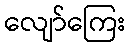
လျော်ကြေး